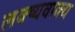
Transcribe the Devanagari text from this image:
लक्ष्यवाक्य